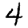
Digit: 4